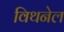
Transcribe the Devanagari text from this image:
विथनेल